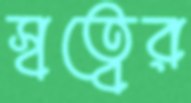
স্বত্বের